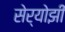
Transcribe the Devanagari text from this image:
सेर्योझी